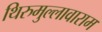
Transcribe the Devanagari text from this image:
थिरुमुल्लावाराम